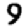
Digit: 9